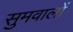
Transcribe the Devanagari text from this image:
सुमवालों